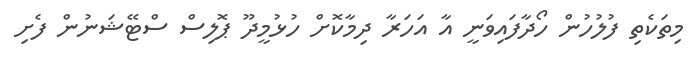
މިތަކެތި ފުލުހުން ހޯދާފައިވަނީ އާ އަހަރާ ދިމާކޮށް ހުޅުމީދޫ ޕޮލިސް ސްޓޭޝަނުން ފެށި